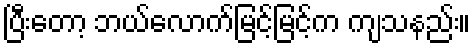
ပြီးတော့ ဘယ်လောက်မြင့်မြင့်က ကျသနည်း။